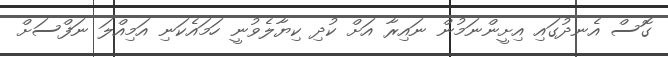
ގޮސް އެނދުގައި އިށީންނަމުން ނައިރާ އަށް ކުދި ކިޔާލެވުނީ ހަމައެކަނި އަމިއްލަ ނަފްސަށް